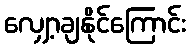
လျှော့ချနိုင်ကြောင်း